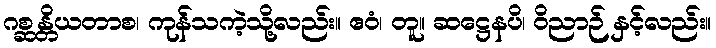
ဂစ္ဆန္တိယတာစ၊ ကုန်သကဲ့သို့လည်း။ ဧဝံ၊ တူ။ ဆဋ္ဌေနပိ၊ ဝိညာဉ် နှင့်လည်း။